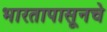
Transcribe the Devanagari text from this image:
भारतापासूनचे